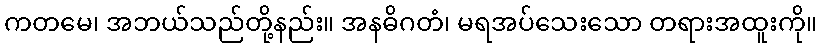
ကတမေ၊ အဘယ်သည်တို့နည်း။ အနဓိဂတံ၊ မရအပ်သေးသော တရားအထူးကို။